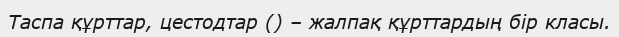
Таспа құрттар, цестодтар () – жалпақ құрттардың бір класы.